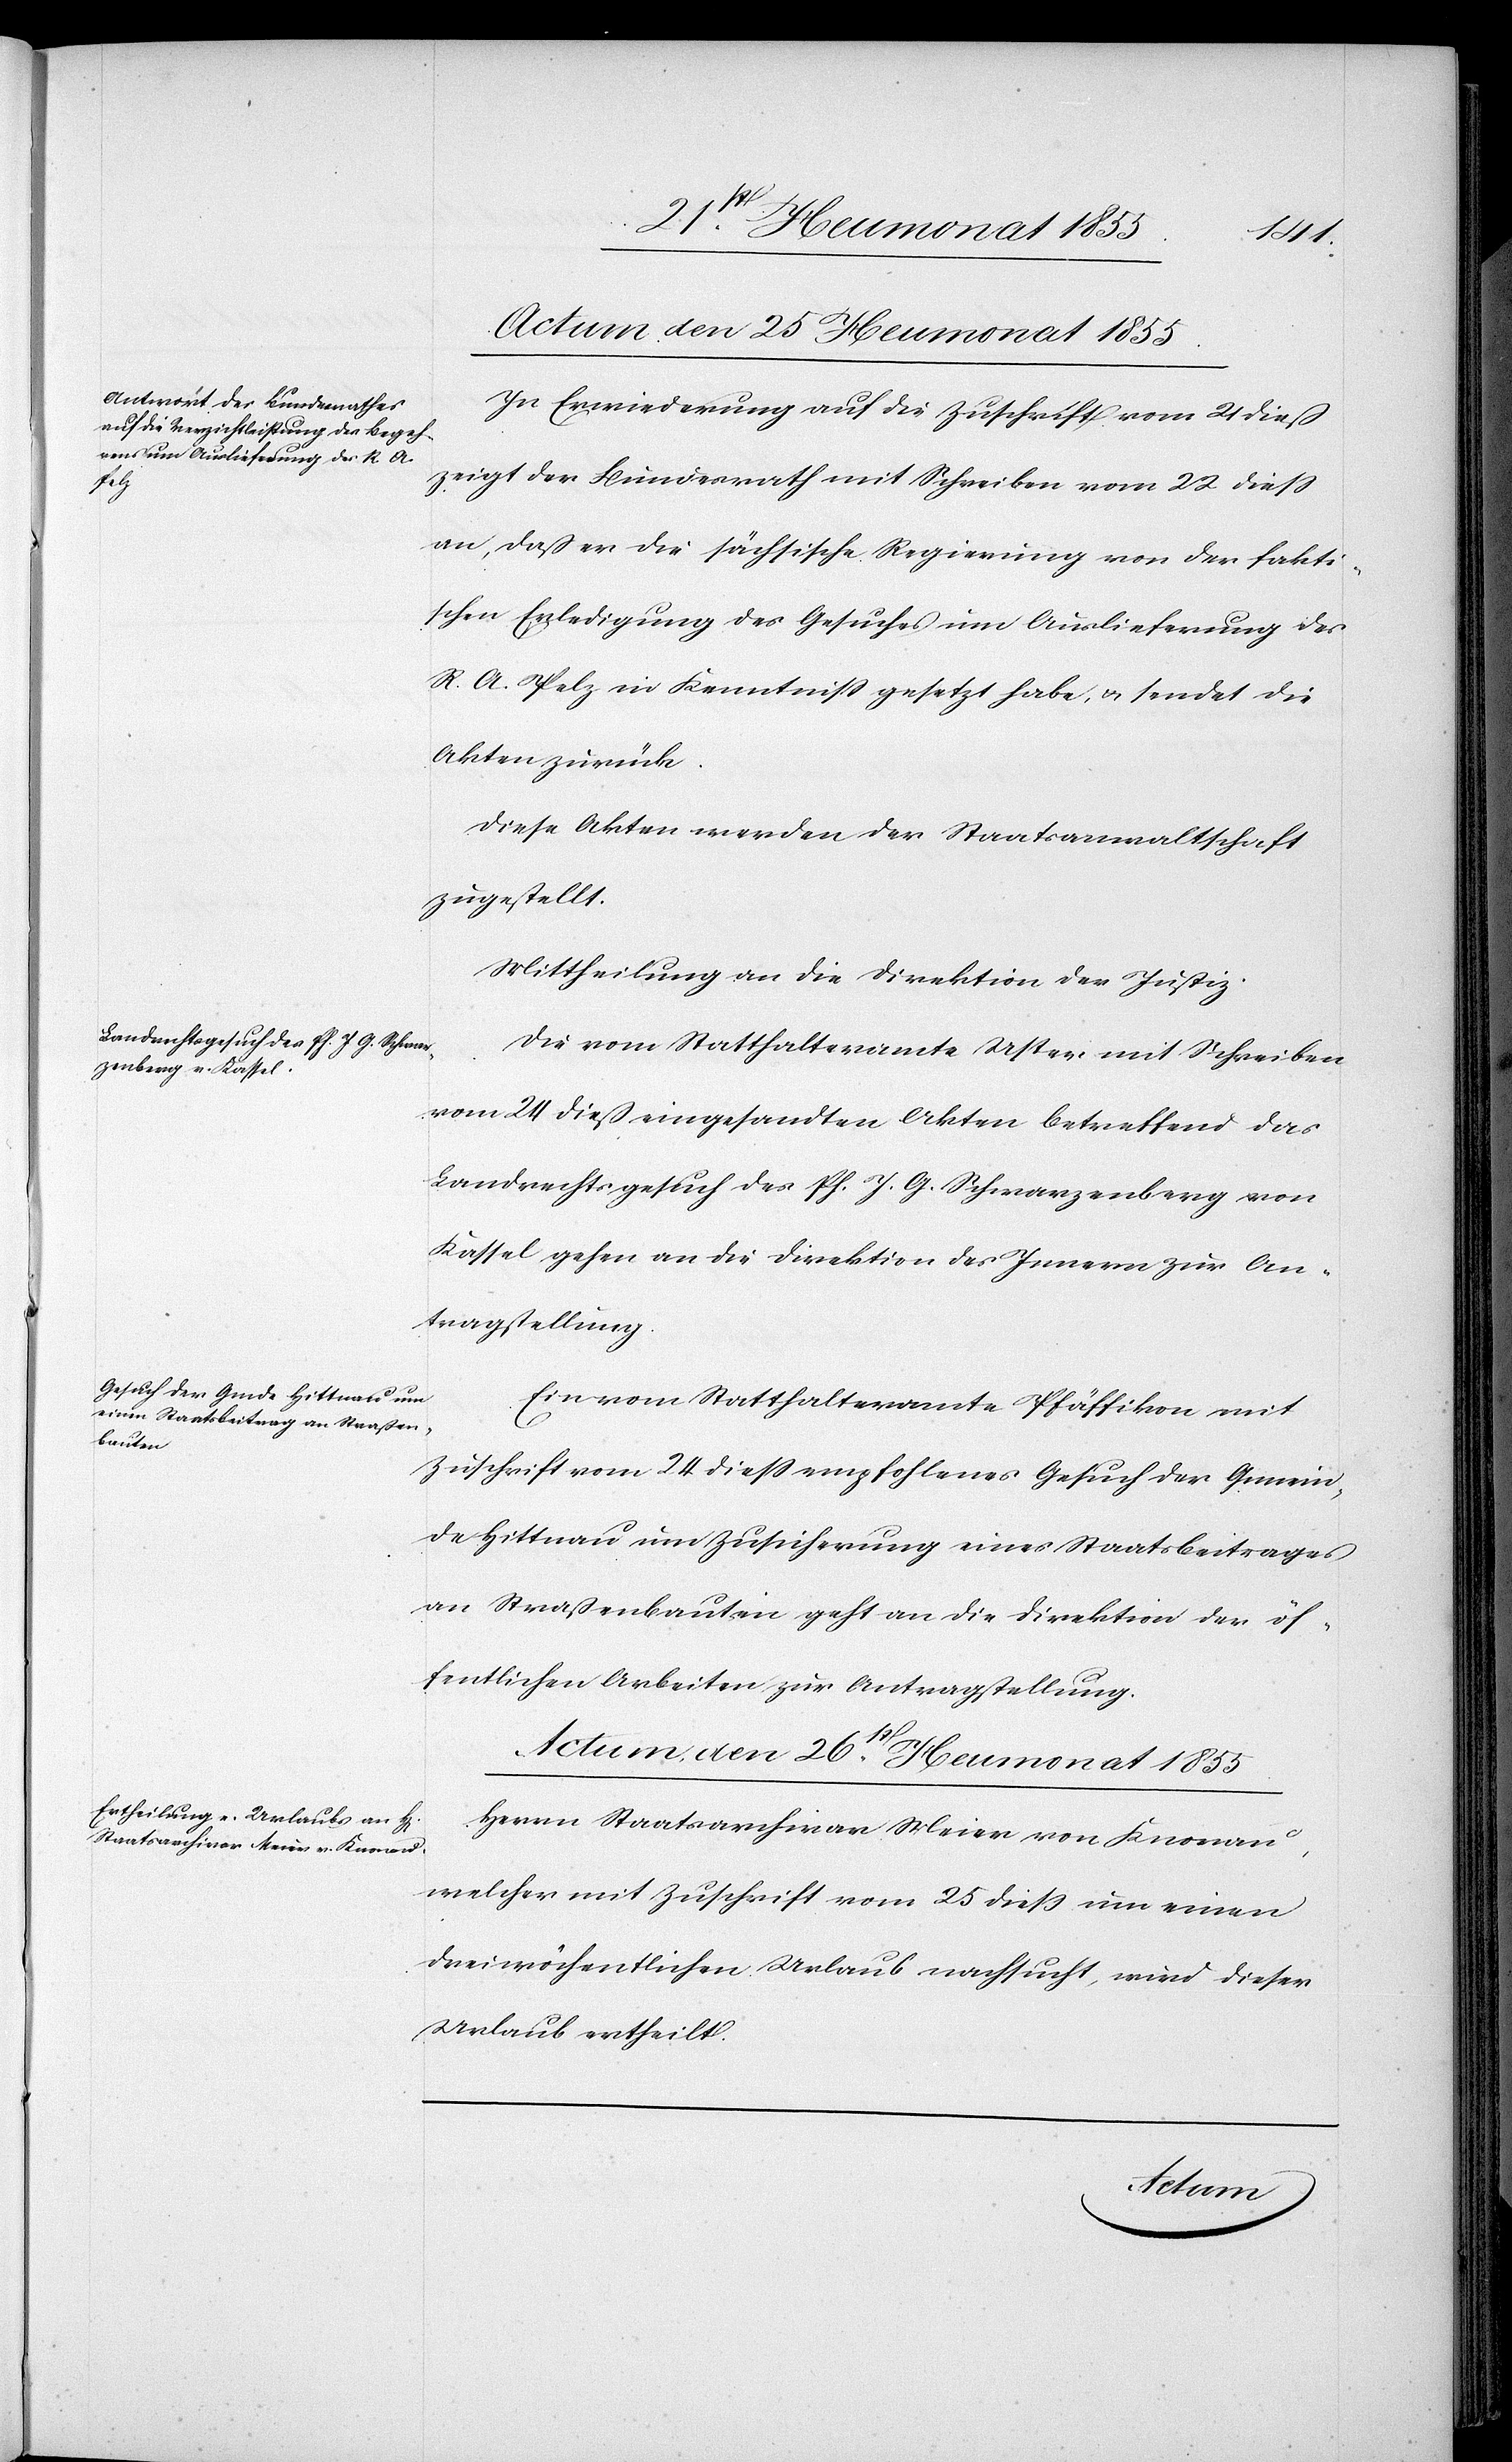
Actum, den 26st Heumonat 1855.
In Erwiederung auf die Zuschrift vom 21 dieß
zeigt der Bundesrath mit Schreiben vom 22 diess
an, daß er die sächsische Regierung von der fakti¬
schen Erledigung des Gesuches um Auslieferung des
R. A. Pelz in Kenntniss gesetzt habe, & sendet die
Akten zurück.
Diese Akten werden der Staatsanwaltschaft
zugestellt.
Mittheilung an die Direktion der Justiz.
Die vom Statthalteramte Uster mit Schreiben
vom 24 dieß eingesandten Akten betreffend das
Landrechtsgesuch des Ph. J. G. Schwarzenberg von
Kassel gehen an die Direktion des Innern zur An¬
tragstellung.
Ein vom Statthalteramte Pfäffikon mit
Zuschrift vom 24 diess empfohlenes Gesuch der Gemein¬
de Hittnau um Zusicherung eines Staatsbeitrages
an Straßenbauten geht an die Direktion der öf¬
fentlichen Arbeiten zur Antragstellung.
Herrn Staatsarchivar Meier von Knonau,
welcher mit Zuschrift vom 25 diess um einen
dreiwöchentlichen Urlaub nachsucht, wird dieser
Urlaub ertheilt.